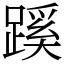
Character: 蹊